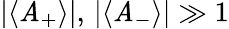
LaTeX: |\langle\mathit{A}_{+}\rangle|,\, |\langle\mathit{A}_{-}\rangle|\gg1